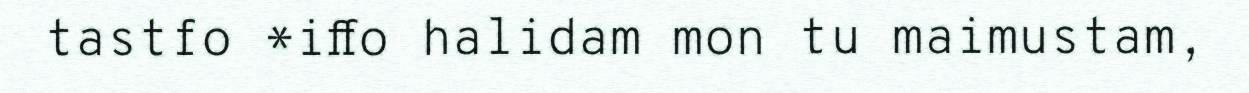
tastfo *iffo halidam mon tu maimustam,